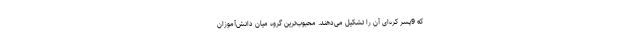
که 9پسر کره‌ای آن را تشکیل می‌دهند. محبوب‌ترین گروه میان دانش‌آموزان